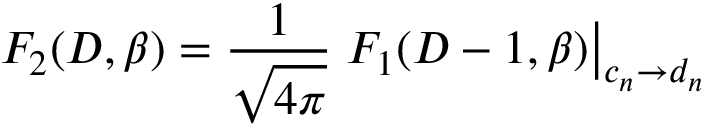
F _ { 2 } ( D , \beta ) = { \frac { 1 } { \sqrt { 4 \pi } } } \left. F _ { 1 } ( D - 1 , \beta ) \right| _ { c _ { n } \rightarrow d _ { n } } ~ ~